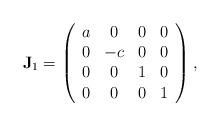
LaTeX: \begin{align*}\mathbf{J}_1=\left(\begin{array}{cccc} a & 0 & 0 & 0 \\ 0 & -c & 0 & 0 \\ 0 & 0 & 1 & 0 \\ 0 & 0 & 0 & 1 \\\end{array}\right),\end{align*}